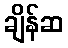
ချိန်ဆ